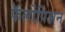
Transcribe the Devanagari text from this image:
फॅलोपिअन